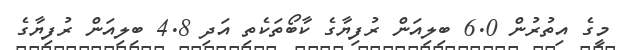
މީގެ އިތުރުން 6.0 ބިލިއަން ރުފިޔާގެ ކާބޯތަކެތި އަދި 4.8 ބިލިއަން ރުފިޔާގެ